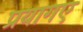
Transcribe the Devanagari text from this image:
प्रयागए